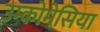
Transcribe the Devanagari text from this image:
उम्कोमेसिया